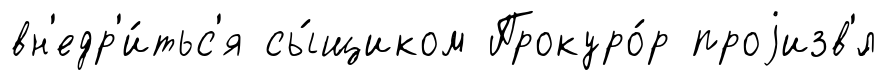
вн'едр'и́тьс'я сы́щиком Прокуро́р проjизв'́л